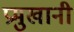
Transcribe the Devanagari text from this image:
प्रमुखानी